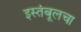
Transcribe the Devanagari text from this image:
इस्तंबूलचा